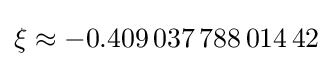
\xi \approx -0.409\,037\,788\,014\,42